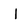
Character: I